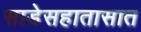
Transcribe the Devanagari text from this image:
साडेसहातासात